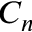
C _ { n }